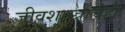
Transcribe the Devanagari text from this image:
जीवशास्त्राचेही